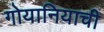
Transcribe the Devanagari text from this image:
गोयानियाची